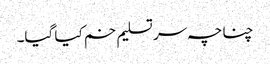
چناچہ سر تسلیم خم کیا گیا۔